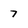
Character: 7